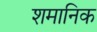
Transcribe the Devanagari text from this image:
शमानिक